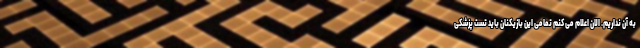
به آن نداریم. الان اعلام می کنم تمامی این بازیکنان باید تست پزشکی